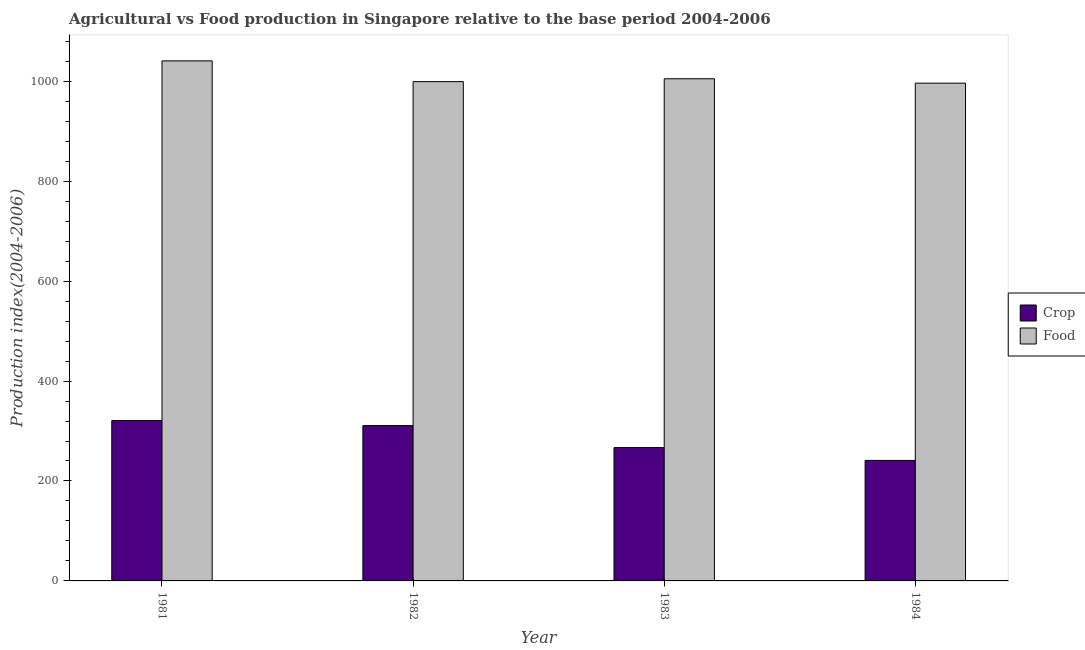
| Year | Crop | Food |
 | --- | --- | --- |
 | 1981 | 321 | 1.04e+03 |
 | 1982 | 311 | 999 |
 | 1983 | 267 | 1.00e+03 |
 | 1984 | 241 | 996 |